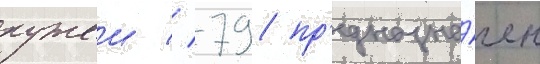
ружеи // 79 пр'едназна́чен